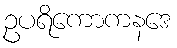
ဥပရိကောကနဒေ